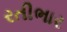
રતીભાર